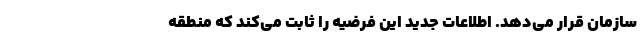
سازمان قرار می‌دهد. اطلاعات جدید این فرضیه را ثابت می‌کند که منطقه